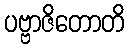
ပဗ္ဗာဇိတောတိ